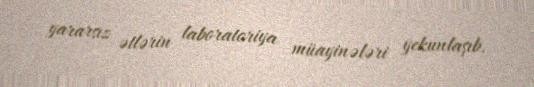
yararsız ətlərin laboratoriya müayinələri yekunlaşıb.